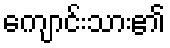
ကျောင်းသား၏